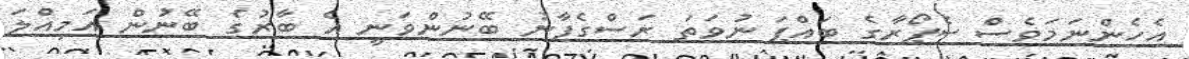
އެހެންނަމަވެސް ސެޕޯރާގެ ބައްޕަ ނުވަތަ ރަސްގެފާނު ބޭނުންވަނީ އެ ބާރުގެ ބޭނުން އަމިއްލަ